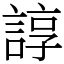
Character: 諄